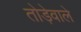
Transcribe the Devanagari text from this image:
तोड़ेवाले